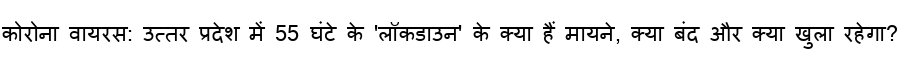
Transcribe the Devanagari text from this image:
कोरोना वायरस: उत्तर प्रदेश में 55 घंटे के 'लॉकडाउन' के क्या हैं मायने, क्या बंद और क्या खुला रहेगा?